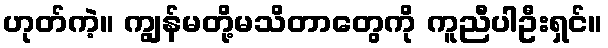
ဟုတ်ကဲ့။ ကျွန်မတို့မသိတာတွေကို ကူညီပါဦးရှင်။